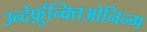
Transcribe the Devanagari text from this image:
उन्देर्फ़ुन्क्तिओनिन्ग